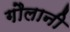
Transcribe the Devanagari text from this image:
गौलानी